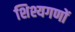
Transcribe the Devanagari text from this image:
शिश्यगणों